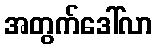
အတွက်ဒေါ်လာ